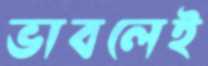
ভাবলেই